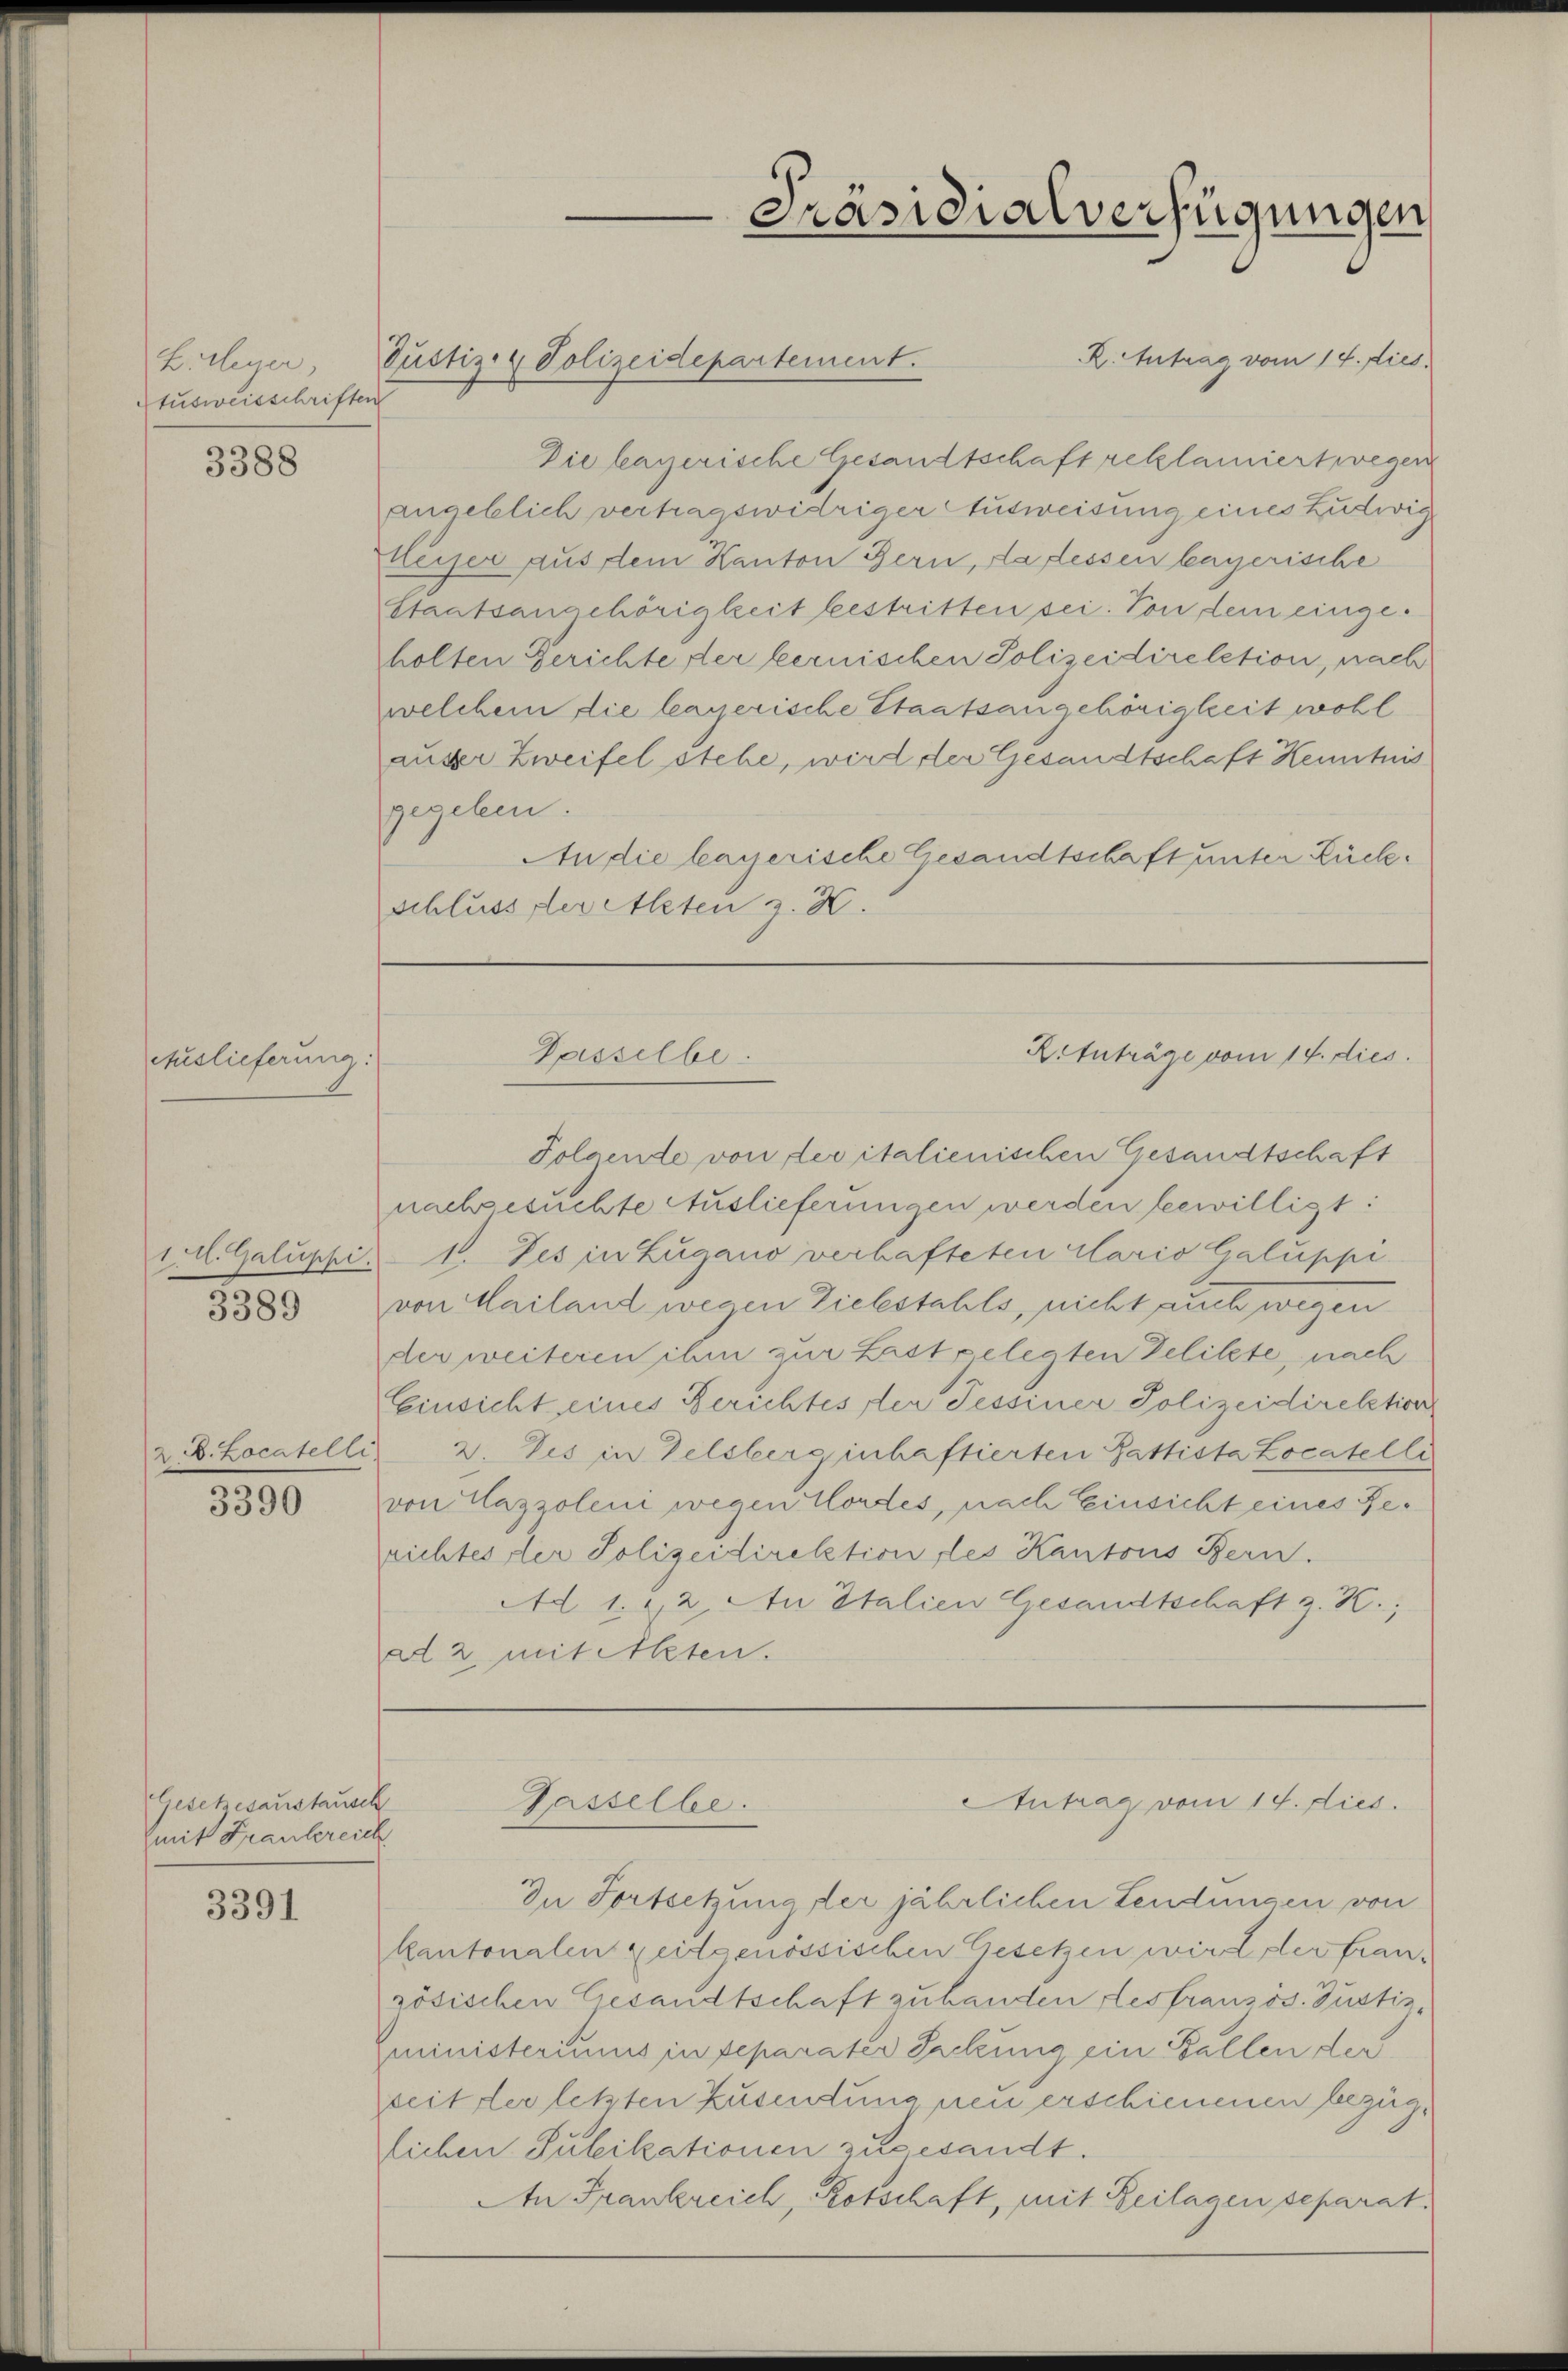
Beleger,
Ausweisschriften

3388

Auslieferung

1 M. Galuppi

3389

2 B. Locatelli

3390

Gesetzesaustausch
mit Frankreich

3391

s

R. Antrag vom 14. dies
Die bayerische Gesandtschaft reklamiert wegen
angeblich vertragswidriger Ausweisung eines Ludwig
Heiser aus dem Kanton Bern, da dessen lagerische
Staatsangehörigkeit bestritten sei. Von dem eingeholten Gerichte der bernischen Polizeidirelation, nach
welchem die lagerische Staatsangehörigkeit wohl
auser Zweifel stehe, wird der Gesandtschaft Kenntnis
gegeben.
An die lagerische Gesandtschaft unter Rückschluss der Akten z. H.

Justiz- & Polizeidepartement.

Retuträge vom 14. dies
Gasselbe.

Gasselbe.

Präsidialverfügungen

Folgende von der italienischen Gesandtschaft
nachgesuchte Auslieferungen werden bewilligt:
1. Jes in Zugano verhafteten Clario Galuppi
von Mailand wegen Diebstahls, nicht auch
der weiteren ihm zur Last gelegten Delikte, nach
Einsicht eines Berichtes der Tessiner Polizeidirektion
2. Les in Delsberg inhaftierten Gattista Locatelli
von Hazzoleni wegen Nordes, nach Einsicht eines Rerichtes der Polizeidirektion des Kantons Bern.
Ad 1. 22. An Italien Gesandtschaft z. K.;
ad 2 mit Alten.

Antrag vom 14. dies

In Fortsetzung der jährlichen Lendungen von
kantonalen zeitgenössischen Gesetzen wird der französischen Gesandtschaft zu handen des französ. Gustiz,
ministeriums in separater Sachung ein Ballen der
seit der letzten Zusendung neu erschienenen bezüglichen Sulikationen zugesandt.
An Frankreich, Kotschaft, mit Beilagen separat.